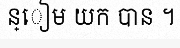
ន្ៀម យក បាន ។